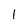
Character: 1